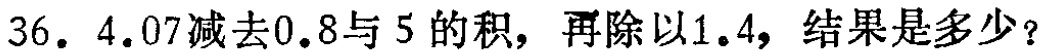
$36. 4.07减去0.8与5的积，再除以1.4，结果是多少？$